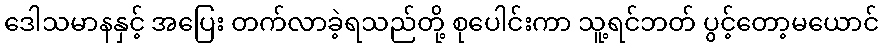
ဒေါသမာနနှင့် အပြေး တက်လာခဲ့ရသည်တို့ စုပေါင်းကာ သူ့ရင်ဘတ် ပွင့်တော့မယောင်